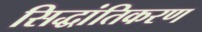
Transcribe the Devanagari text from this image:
सिद्धांतिकरण